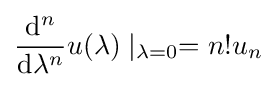
{\frac {\mathrm {d} ^{n}}{\mathrm {d} \lambda ^{n}}}u(\lambda )\mid _{\lambda =0}=n!u_{n}